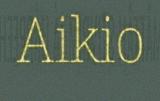
Aikio